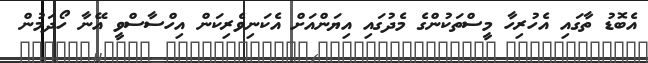
އެބޮޑު ތާގައި އެހުރިހާ މީސްތަކުންގެ މެދުގައި އިޔަންއަށް އެކަނިވެރިކަން އިހްސާސްވީ އޭނާ ހޯދަމުން